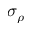
\sigma _ { \rho }